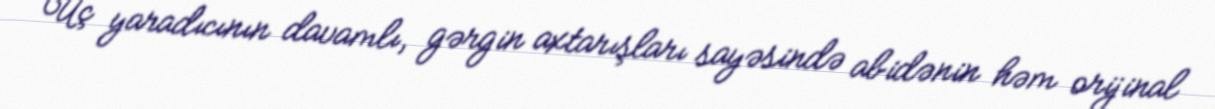
Üç yaradıcının davamlı, gərgin axtarışları sayəsində abidənin həm orijinal